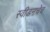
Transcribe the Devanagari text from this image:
स्वीडनचेच